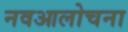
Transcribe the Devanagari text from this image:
नवआलोचना